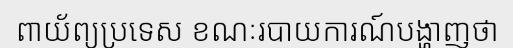
ពាយ័ព្យប្រទេស ខណៈរបាយការណ៍បង្ហាញថា